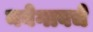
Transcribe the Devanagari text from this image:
नवेगावचे